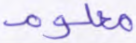
معلوم